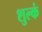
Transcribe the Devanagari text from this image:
शुल्कं